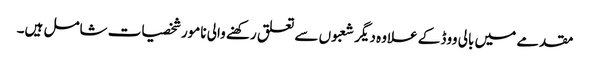
مقدمے میں بالی ووڈ کے علاوہ دیگر شعبوں سے تعلق رکھنے والی نامور شخصیات شامل ہیں۔